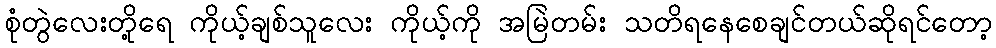
စုံတွဲလေးတို့ရေ ကိုယ့်ချစ်သူလေး ကိုယ့်ကို အမြဲတမ်း သတိရနေစေချင်တယ်ဆိုရင်တော့